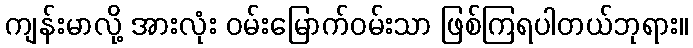
ကျန်းမာလို့ အားလုံး ဝမ်းမြောက်ဝမ်းသာ ဖြစ်ကြရပါတယ်ဘုရား။